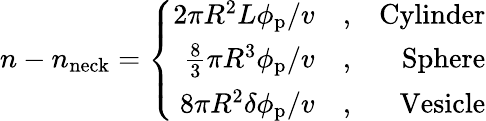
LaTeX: n-n_{\mathrm{neck}}=\left\{ \begin{array}{rlr}{2\pi R^{2}L\phi_{\mathrm{p}}/v}&{{},}&{\mathrm{Cylinder}}\\ {\frac{8}{3}\pi R^{3}\phi_{\mathrm{p}}/v}&{{},}&{\mathrm{Sphere}}\\ {8\pi R^{2}\delta\phi_{\mathrm{p}}/v}&{{},}&{\mathrm{Vesicle}}\end{array}\right.